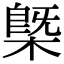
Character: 㮣